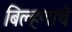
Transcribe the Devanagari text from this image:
बिल्हणाचे